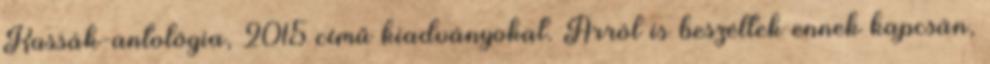
Kassák-antológia, 2015 című kiadványokat. Arról is beszéltek ennek kapcsán,